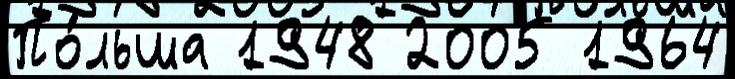
По́льша 1948 2005 1964